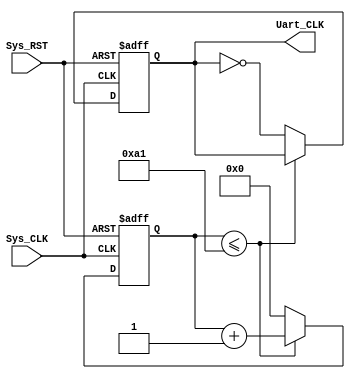
module Uart_ClkDiv(Sys_CLK, Sys_RST, Uart_CLK);
	input Sys_CLK;
	input Sys_RST;
	output Uart_CLK;

	reg Uart_CLK;
	reg [7:0] Uart_CLK_Cnt;

	always @(posedge Sys_CLK or negedge Sys_RST) begin
		if (!Sys_RST) begin
			Uart_CLK = 1'b0;
			Uart_CLK_Cnt = 8'd0;
		end
		else begin
			if (Uart_CLK_Cnt <= 8'd161)
				Uart_CLK_Cnt = Uart_CLK_Cnt + 1'b1;
			else begin
				Uart_CLK = ~Uart_CLK;
				Uart_CLK_Cnt = 8'd0;
			end
		end
	end

endmodule